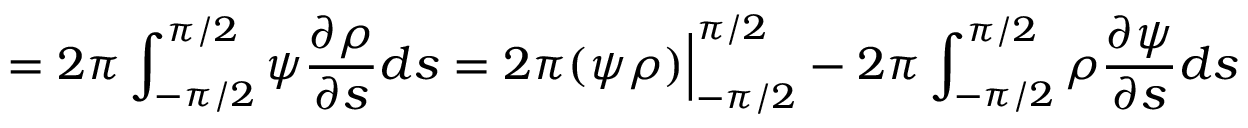
= 2 \pi \int _ { - \pi / 2 } ^ { \pi / 2 } \psi \frac { \partial \rho } { \partial s } d s = 2 \pi ( \psi \rho ) \Big | _ { - \pi / 2 } ^ { \pi / 2 } - 2 \pi \int _ { - \pi / 2 } ^ { \pi / 2 } \rho \frac { \partial \psi } { \partial s } d s